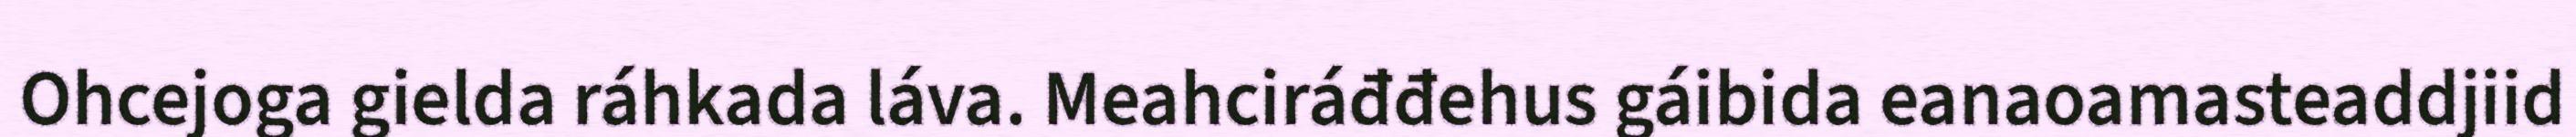
Ohcejoga gielda ráhkada láva. Meahciráđđehus gáibida eanaoamasteaddjiid